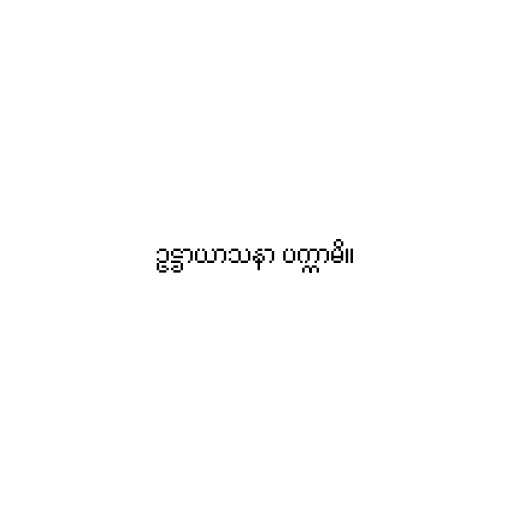
ဥဋ္ဌာယာသနာ ပက္ကာမိ။